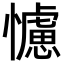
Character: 𢣿